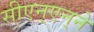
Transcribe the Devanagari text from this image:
सीएन्‌एन्‌ने